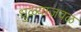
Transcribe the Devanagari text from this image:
धुळ्याजवळ